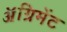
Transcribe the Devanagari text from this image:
ॲग्रिमेंट